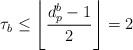
LaTeX: \begin{align*}\tau_b \leq \left\lfloor\frac{d_p^b-1}{2}\right\rfloor=2\end{align*}